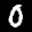
Label: 0